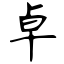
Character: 卓